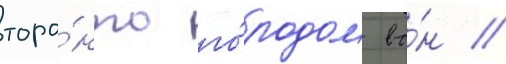
торо́нто го́родом во́н //